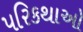
પરિકથાઓ